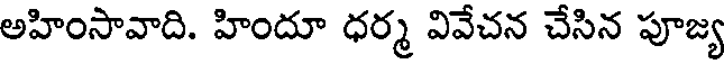
అహింసావాది. హిందూ ధర్మ వివేచన చేసిన పూజ్య